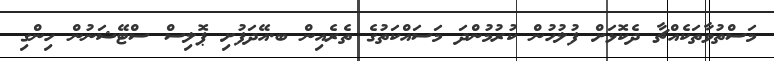
މަސްތުވާތަކެއްޗާ ދެކޮޅަށް ފުލުހުން ކުރުމުންދަ މަސައްކަތުގެ ތެރެއިން ބ.އޭދަފުށި ޕޮލިސް ސްޓޭޝަނުން ހިންގި